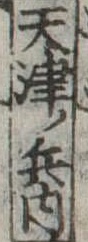
天津ノ兵内